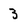
Character: 3